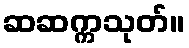
ဆဆက္ကသုတ်။